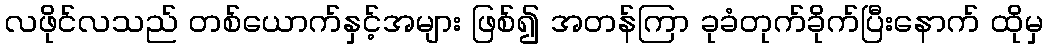
လဖိုင်လသည် တစ်ယောက်နှင့်အများ ဖြစ်၍ အတန်ကြာ ခုခံတုက်ခိုက်ပြီးနောက် ထိုမှ